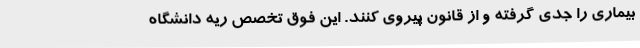
بیماری را جدی گرفته و از قانون پیروی کنند. این فوق تخصص ریه دانشگاه